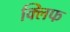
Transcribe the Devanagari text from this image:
क्‍लिफ